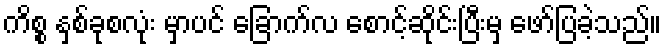
ကိစ္စ နှစ်ခုစလုံး မှာပင် ခြောက်လ စောင့်ဆိုင်းပြီးမှ ဖော်ပြခဲ့သည်။